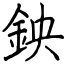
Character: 鉠